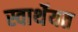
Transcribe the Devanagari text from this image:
स्वार्थेयत